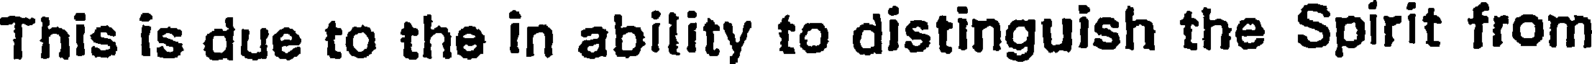
This is due to the in ability to distinguish the Spirit from